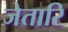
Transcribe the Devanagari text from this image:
जेतारि